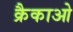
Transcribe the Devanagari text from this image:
क्रैकाओ